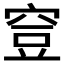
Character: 𥥷